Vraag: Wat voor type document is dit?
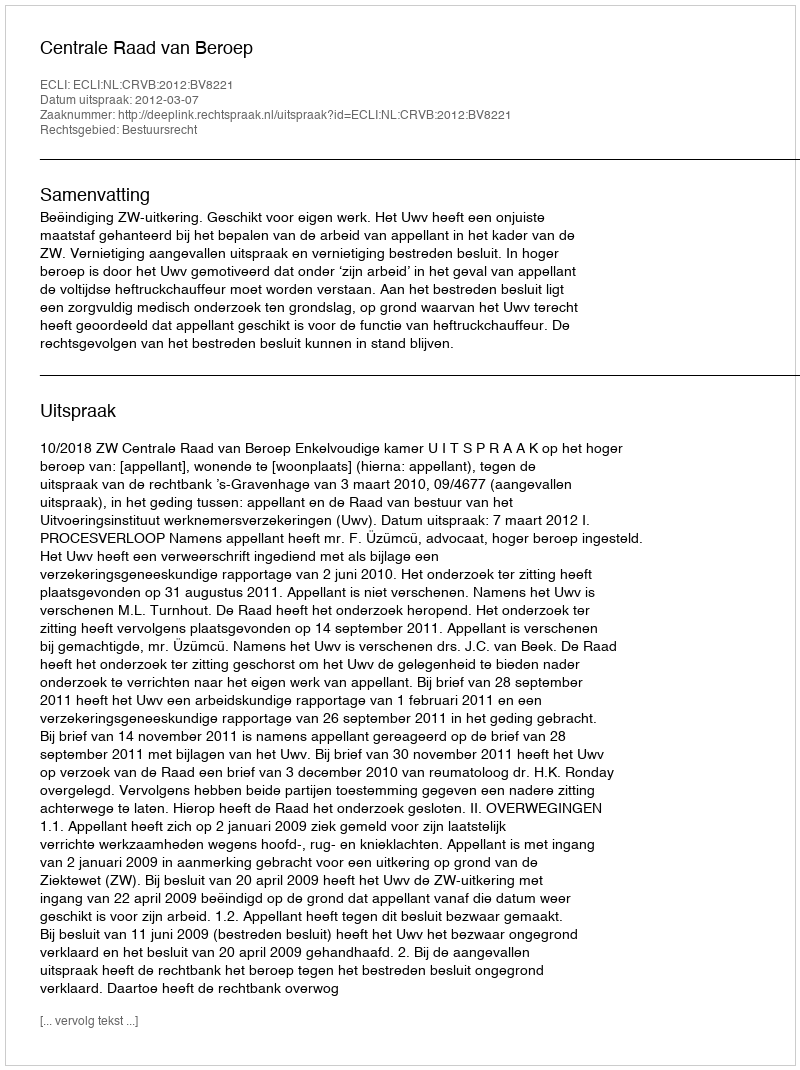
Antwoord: Uitspraak